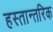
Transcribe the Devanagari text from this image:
हस्तान्तरिक